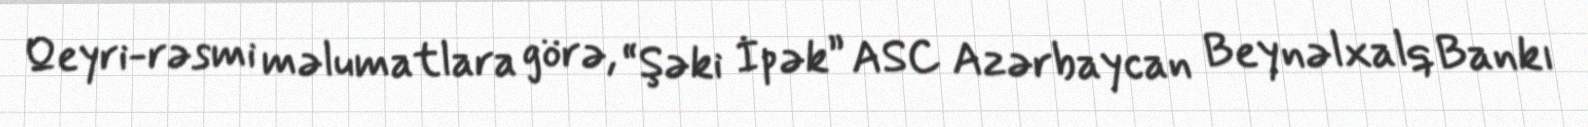
Qeyri-rəsmi məlumatlara görə, “Şəki İpək” ASC Azərbaycan Beynəlxalq Bankı